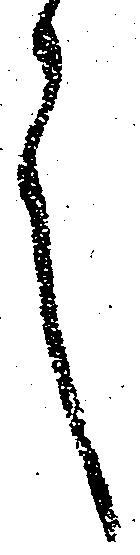
言